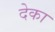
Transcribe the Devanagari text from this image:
देका